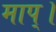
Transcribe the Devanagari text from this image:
माप्।